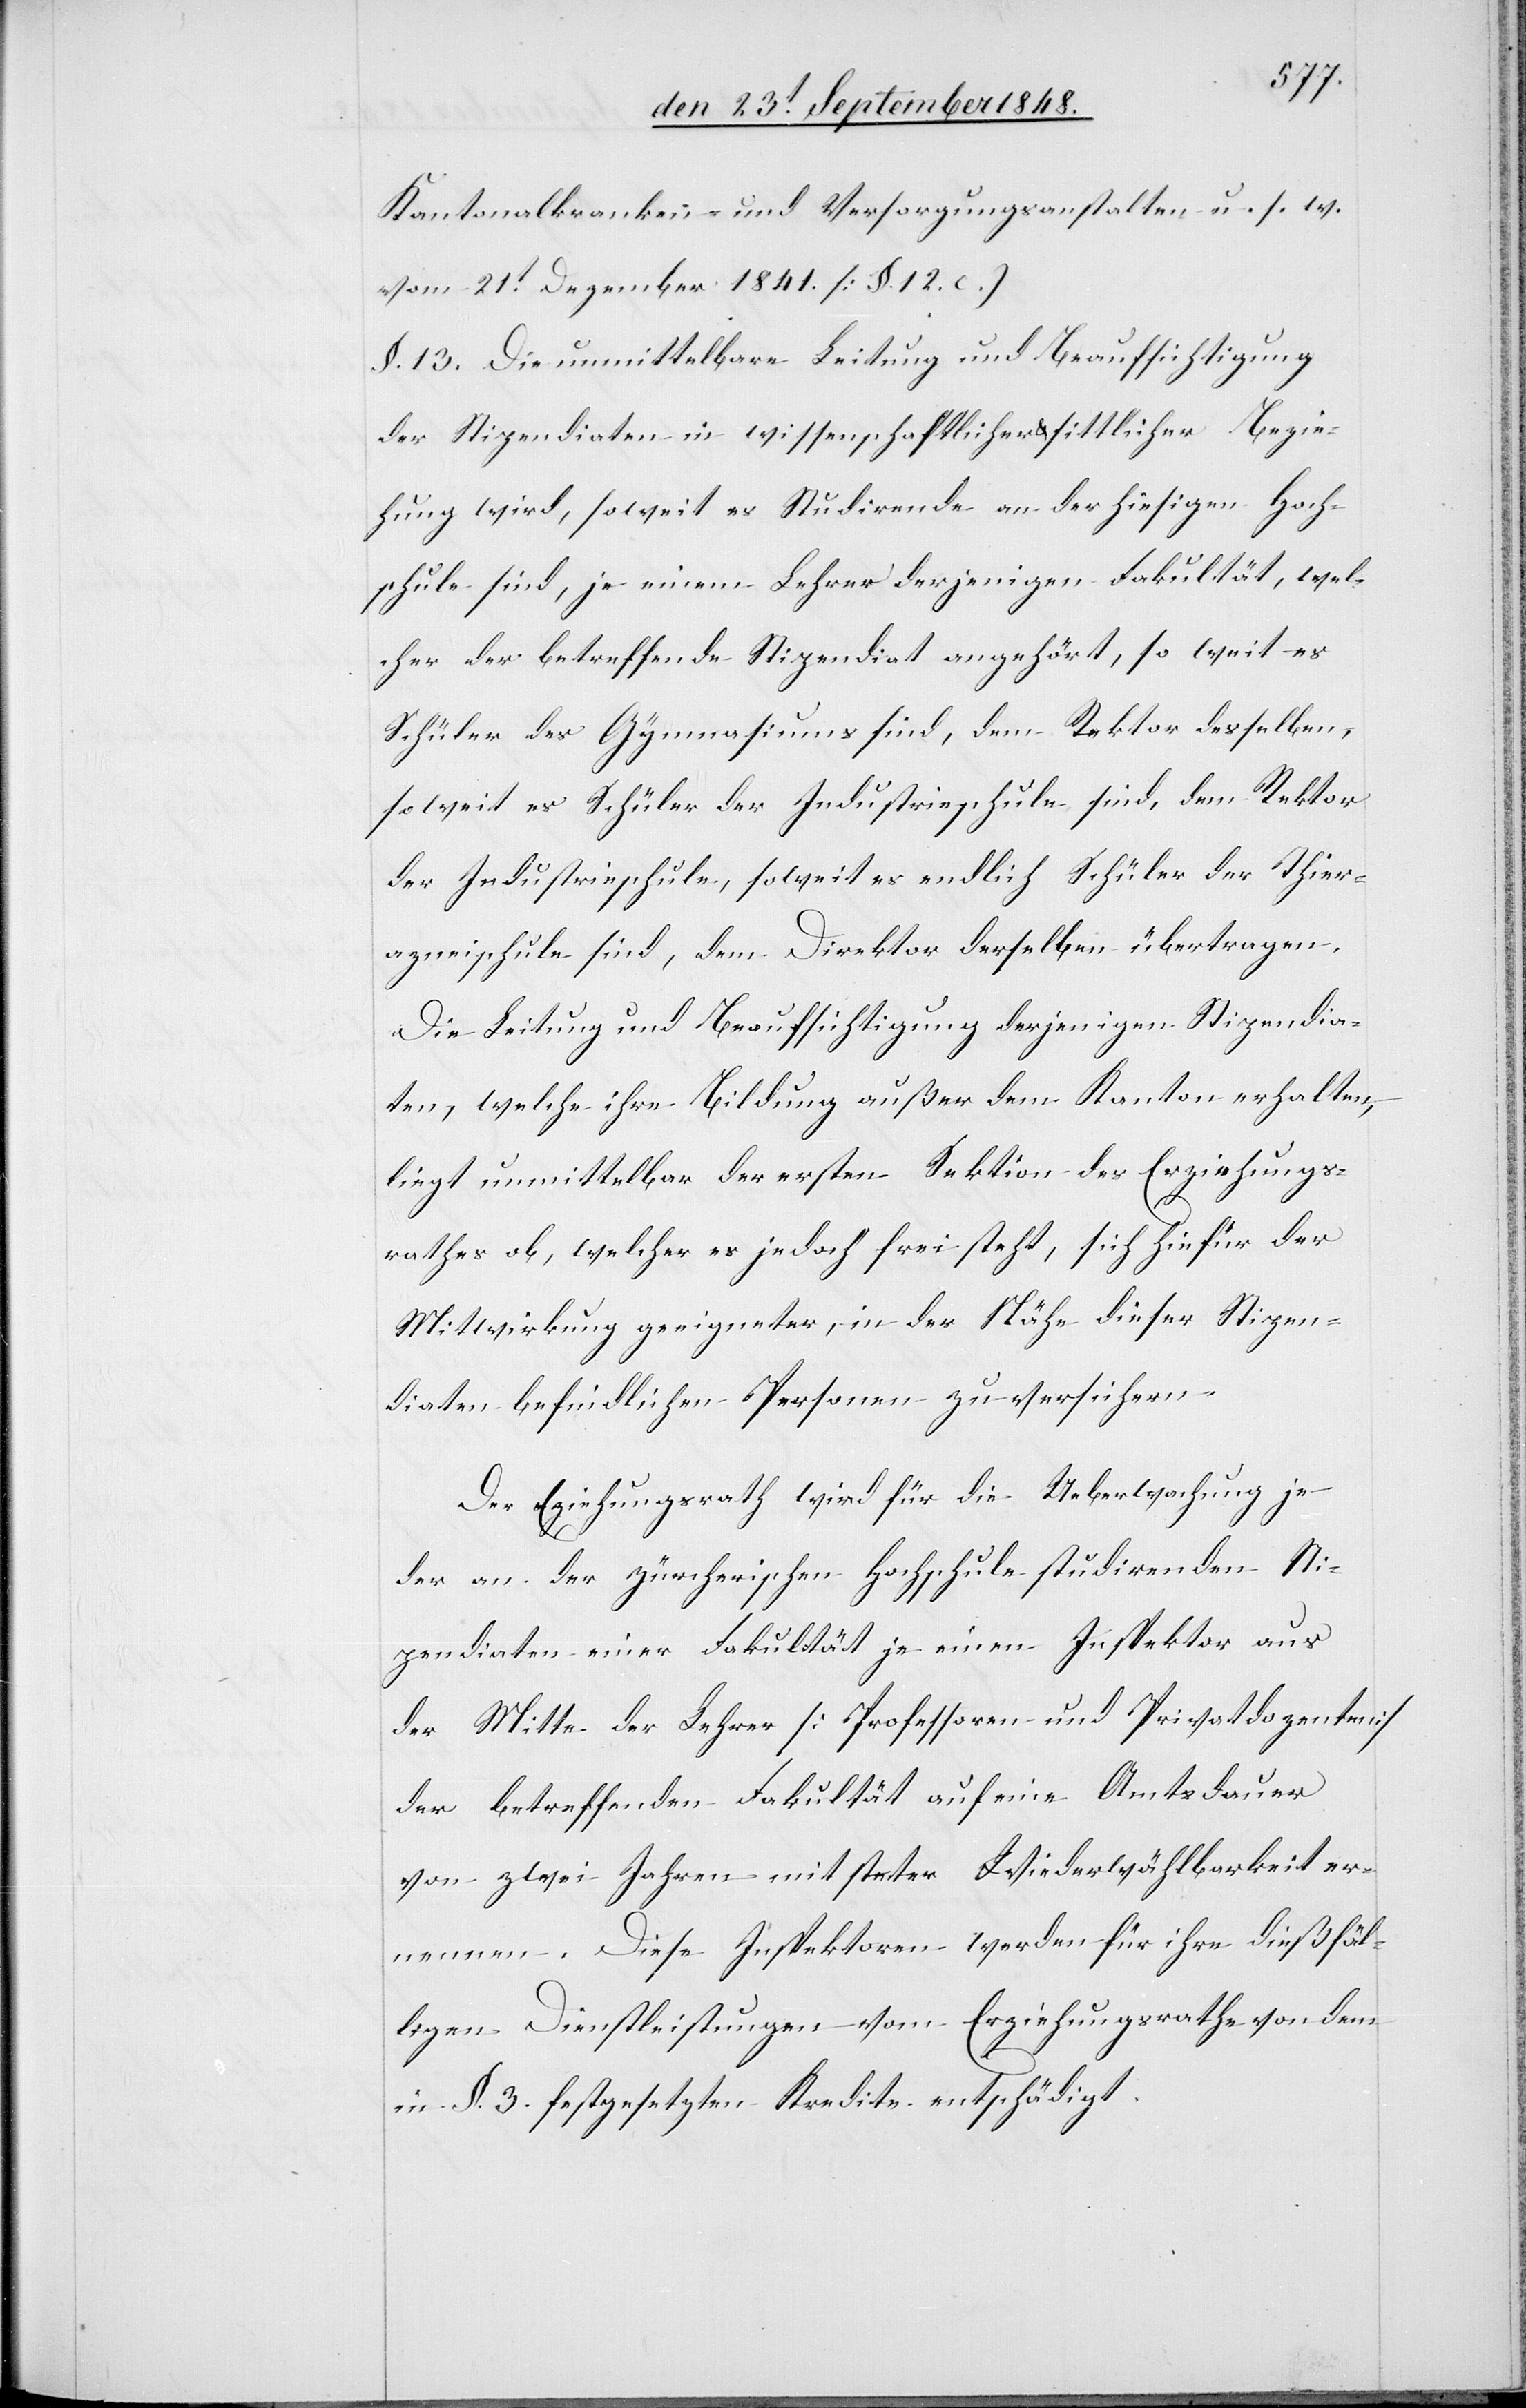
Kantonalkranken- und Versorgungsanstalten u. s. w.
vom 21t Dezember 1841. [§. 12.]]
§. 13. Die unmittelbare Leitung und Beaufsichtigung
der Stipendiaten in wissenschaftlicher u. sittlicher Bezie¬
hung wird, soweit es Studirende an der hiesigen Hoch¬
schule sind, je einem Lehrer derjenigen Fakultät, wel¬
cher der betreffende Stipendiat angehört, so weit es
Schüler des Gymnasiums sind, dem Rektor desselben,
soweit es Schüler der Industrieschule sind, dem Direktor
Die Leitung und Beaufsichtigung derjenigen Stipendia¬
ten, welche ihre Bildung außer dem Kanton erhalten,
liegt unmittelbar der ersten Sektion des Erziehungs¬
rathes ob, welcher es jedoch frei steht, sich hiefür der
Mitwirkung geeigneter, in der Nähe dieser Stipen¬
diaten befindlichen Personen zu versichern.
Der Erziehungsrath wird für die Ueberwachung je¬
der an der zürcherischen Hochschule studirenden Sti¬
pendiaten einer Fakultät je einen Inspektor aus
der Mitte der Lehrer [Professoren und Privatdozenten]
der betreffenden Fakultät auf eine Amtsdauer
von zwei Jahren mit steter Wiederwählbarkeit er¬
nennen. Diese Inspektoren werden für ihre dießfäl¬
ligen Dienstleistungen vom Erziehungsrathe von dem
in §. 3. festgesetzten Kredite entschädigt.